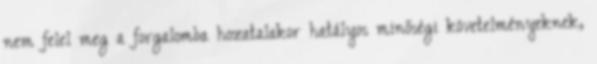
nem felel meg a forgalomba hozatalakor hatályos minőségi követelményeknek,